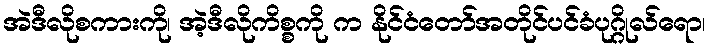
အဲဒီလိုစကားကို၊ အဲ့ဒီလိုကိစ္စကို က နိုင်ငံတော်အတိုင်ပင်ခံပုဂ္ဂိုလ်ရော၊